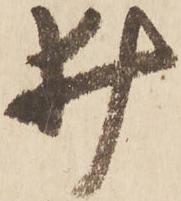
井